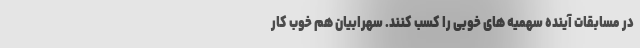
در مسابقات آینده سهمیه های خوبی را کسب کنند. سهرابیان هم خوب کار